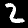
Digit: 2